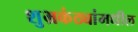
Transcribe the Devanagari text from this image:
शुभ्रकंठ्यांमधील